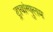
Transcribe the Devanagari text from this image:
ट्रायांग्युलम